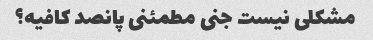
مشکلی نیست جنی مطمئنی پانصد کافیه؟